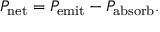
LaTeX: P _ { \mathrm { n e t } } = P _ { \mathrm { e m i t } } - P _ { \mathrm { a b s o r b } } .